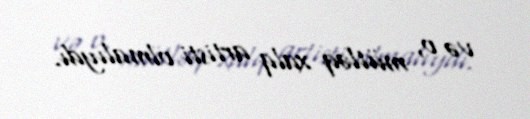
və o, mütləq xalq artisti olmalıydı.